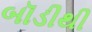
બૉડીથી